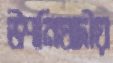
উপনিষদীয়